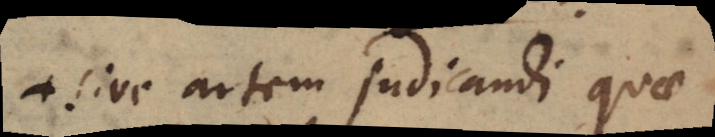
+ sive artem judicandi quae